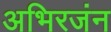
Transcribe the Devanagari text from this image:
अभिरजंन